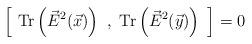
LaTeX: \begin{align*}\left[ ~{\rm Tr}\left({\vec E}^2(\vec x)\right)~, ~{\rm Tr}\left({\vec E}^2(\vec y)\right)~\right]=0\end{align*}